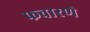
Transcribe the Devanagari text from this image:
फवारणे